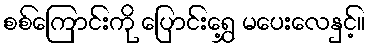
စစ်ကြောင်းကို ပြောင်းရွှေ့ မပေးလေနှင့်။